Indian Medical Review
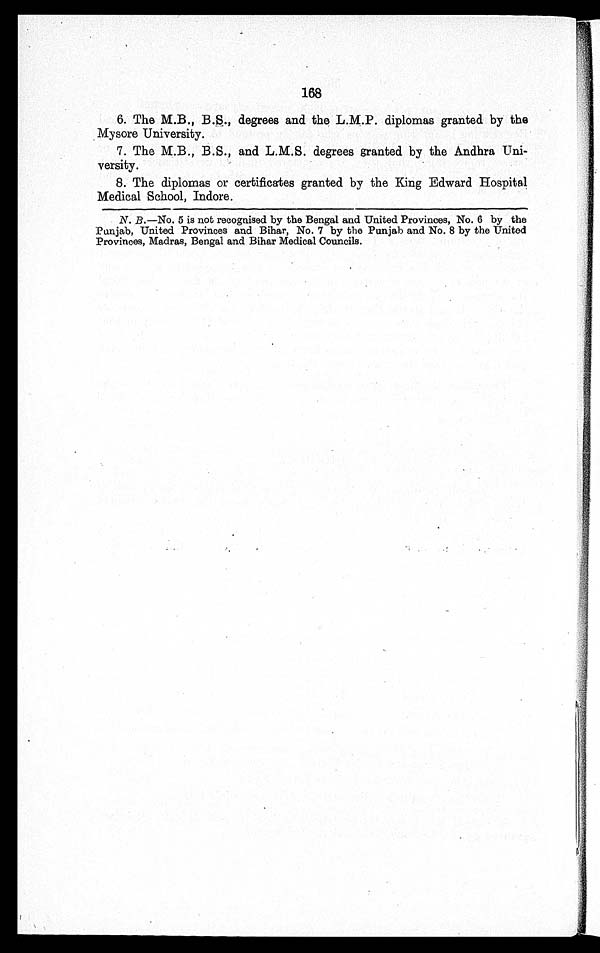
168
6. The M.B., B.S., degrees and the L.M.P. diplomas granted by the
Mysore University.
7.
The M.B., B.S., and L.M.S. degrees granted by the Andhra Uni
versity.
8.
The diplomas or certificates granted by the King Edward Hospital
Medical School, Indore.
N. B.—No. 5 is not recognised by the Bengal and United Provinces, No. 6 by the
Punjab, United Provinces and Bihar, No. 7 by the Punjab and No. 8 by the United
Provinces, Madras, Bengal and Bihar Medical Councils.